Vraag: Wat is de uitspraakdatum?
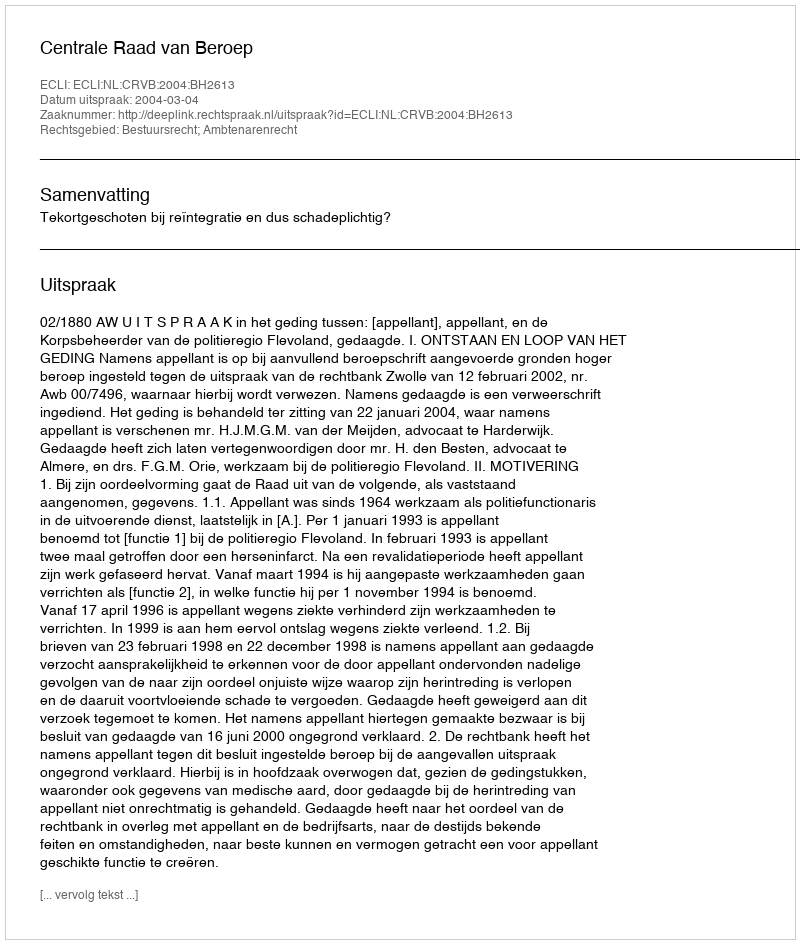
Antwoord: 2004-03-04